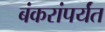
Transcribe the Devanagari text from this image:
बंकरांपर्यंत